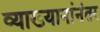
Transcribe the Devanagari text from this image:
व्याख्यानांनंतर